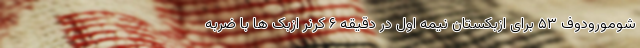
شومورودوف ۵۳ برای ازبکستان نیمه اول در دقیقه ۶ کرنر ازبک ها با ضربه